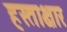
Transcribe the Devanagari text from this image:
हस्ताक्षार